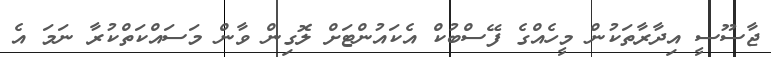
ޖާސޫސީ އިދާރާތަކުން މީހެއްގެ ފޭސްބުކް އެކައުންޓަށް ލޮގިން ވާން މަސައްކަތްކުރާ ނަމަ އެ